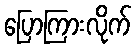
ပြောကြားလိုက်